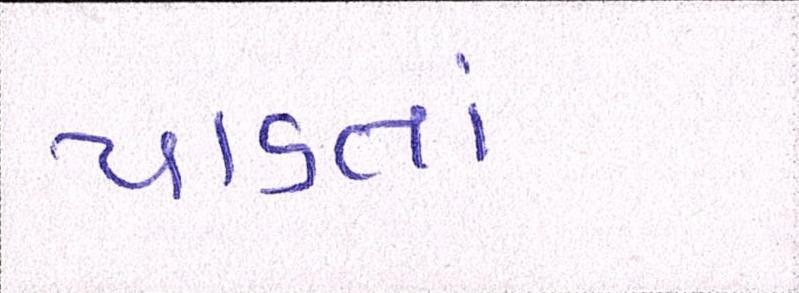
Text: પાડતાં